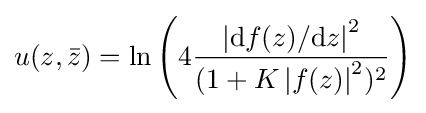
u(z,{\bar {z}})=\ln \left(4{\frac {\left|{\mathrm {d} f(z)}/{\mathrm {d} z}\right|^{2}}{(1+K\left|f(z)\right|^{2})^{2}}}\right)